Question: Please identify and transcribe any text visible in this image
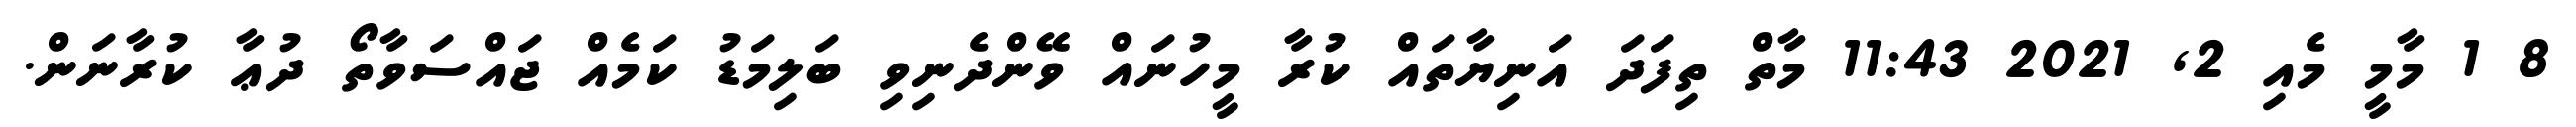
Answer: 8 1 މާމީ މެއި 2, 2021 11:43 މާތް ތިފަދަ އަނިޔާތައް ކުރާ މީހުނައް ވޭންދެނިވި ބަލިމަޑު ކަމެއް ޖައްސަވާތޯ ދުޢާ ކުރާނަން.